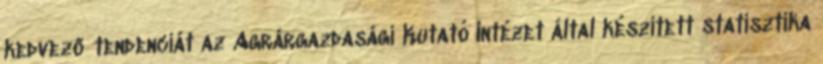
kedvező tendenciát az Agrárgazdasági Kutató Intézet által készített statisztika